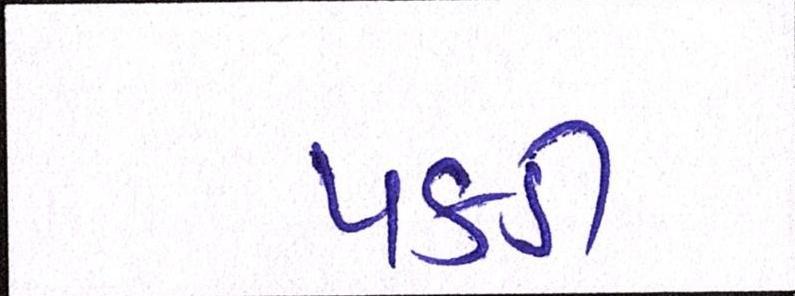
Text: પકડી